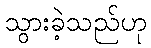
သွားခဲ့သည်ဟု